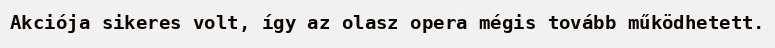
Akciója sikeres volt, így az olasz opera mégis tovább működhetett.